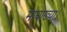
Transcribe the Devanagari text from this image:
मायाख्या।